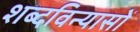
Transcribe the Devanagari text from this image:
शब्दविन्यासों